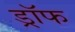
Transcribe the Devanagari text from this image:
ड्रॉफ